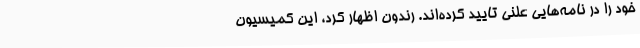
خود را در نامه‌هایی علنی تایید کرده‌اند. رندون اظهار کرد، این کمیسیون